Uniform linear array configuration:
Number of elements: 16
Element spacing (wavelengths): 0.5
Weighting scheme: hann
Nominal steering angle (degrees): -15
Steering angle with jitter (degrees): -15.185
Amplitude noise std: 0.05
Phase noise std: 0.05

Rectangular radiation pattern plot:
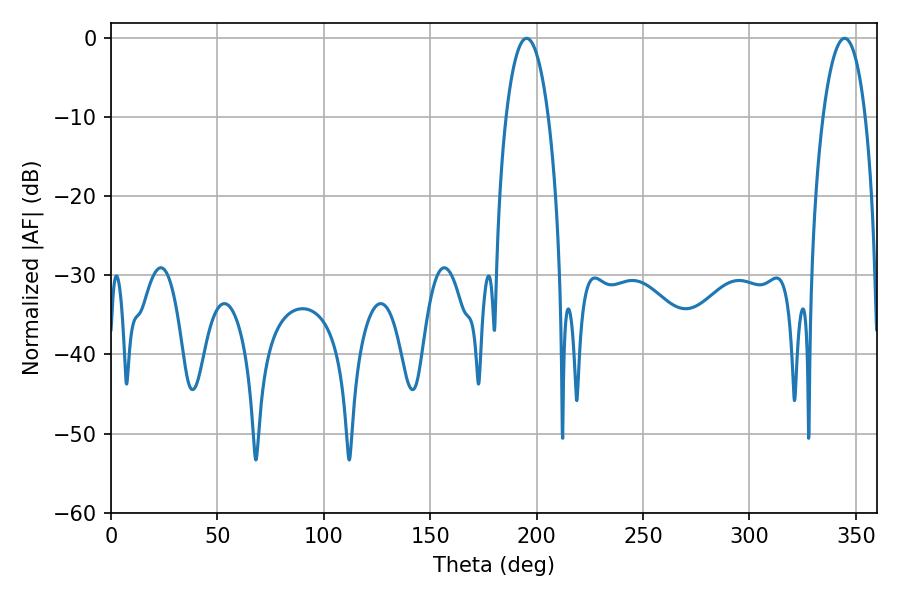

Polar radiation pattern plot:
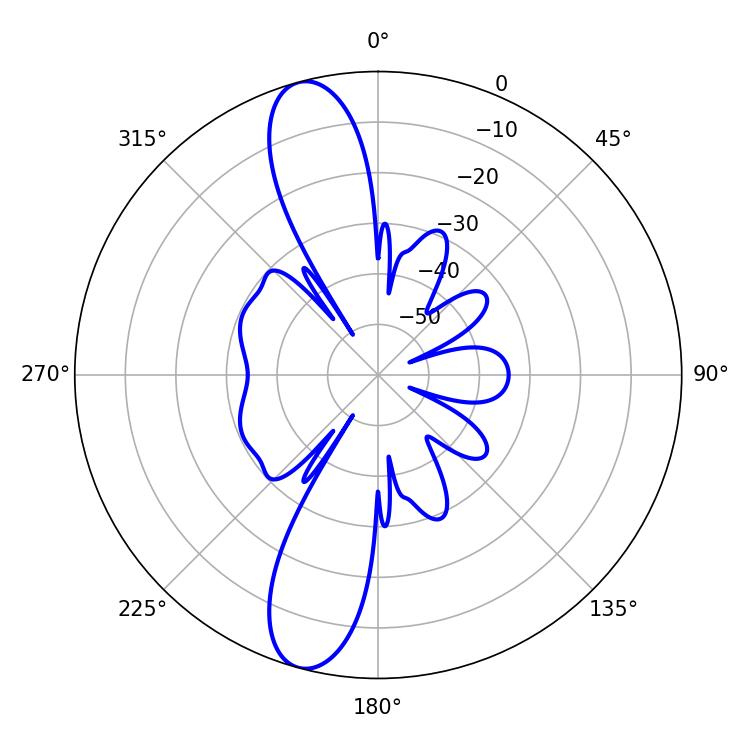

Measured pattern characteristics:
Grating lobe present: FALSE
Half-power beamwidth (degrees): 11.16
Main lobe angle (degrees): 195.3